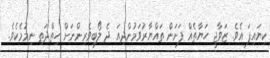
ކިޔައިފަ އެވެ. ޒަވާޖީ ހަޔާތެއް ފަށަން ތައްޔާރުވަމުންދިއަ ދެ ލޯބިވެރިންނަށް ހިތްދަތި ނިމުމެކެވެ.